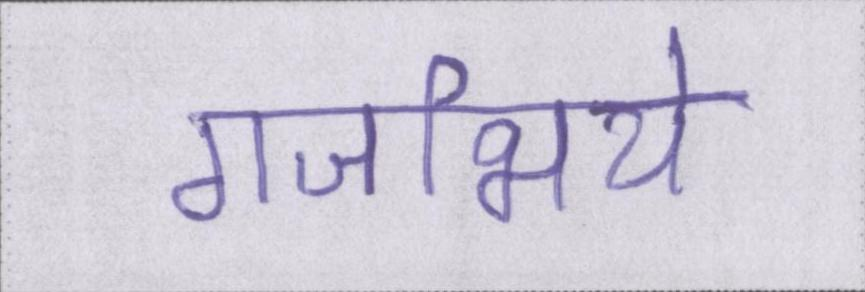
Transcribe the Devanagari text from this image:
गजभिये